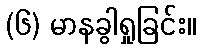
(၆) မာနခွါရှုခြင်း။